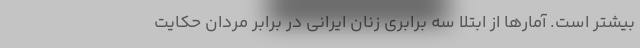
بیشتر است. آمارها از ابتلا سه برابری زنان ایرانی در برابر مردان حکایت